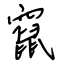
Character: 竄